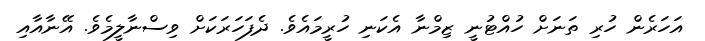
އަހަރެން ހުރި ތަނަށް ހުއްޓުނީ ޒިމްނާ އެކަނި ހުރީމައެވެ. ދެފަހަރަކަށް ވިސްނާލީމެވެ. އޭނާއާއި